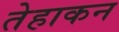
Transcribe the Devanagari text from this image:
तेहाकन